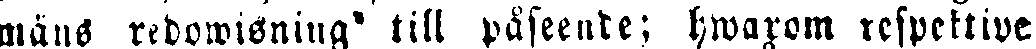
mäns redowisning' till påseende; hwarom respektive